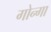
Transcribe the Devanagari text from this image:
गोन्गा